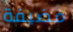
مضيفة